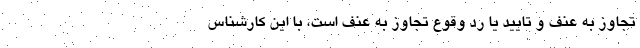
تجاوز به عنف و تایید یا رد وقوع تجاوز به عنف است، با این کارشناس